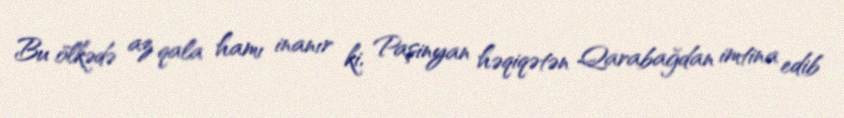
Bu ölkədə az qala hamı inanır ki, Paşinyan həqiqətən Qarabağdan imtina edib